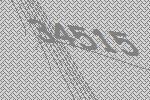
34515